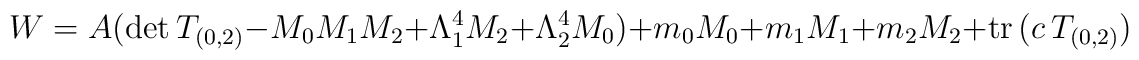
W=A(\mathrm{det}\,T_{(0,2)}-M_{0}M_{1}M_{2}+\Lambda _{1}^{4}M_{2}+\Lambda _{2}^{4}M_{0})+m_{0}M_{0}+m_{1}M_{1}+m_{2}M_{2}+\mathrm{tr}\,(c\,T_{(0,2)})